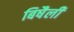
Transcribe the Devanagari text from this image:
बिषैली